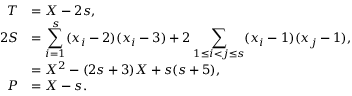
\begin{array} { r l } { { T } } & { { = X - 2 s , } } \\ { { 2 S } } & { { = \displaystyle \sum _ { i = 1 } ^ { s } ( x _ { i } - 2 ) ( x _ { i } - 3 ) + 2 \sum _ { 1 \le i < j \le s } ( x _ { i } - 1 ) ( x _ { j } - 1 ) , } } \\ { { } } & { { = X ^ { 2 } - ( 2 s + 3 ) X + s ( s + 5 ) , } } \\ { { P } } & { { = X - s . } } \end{array}